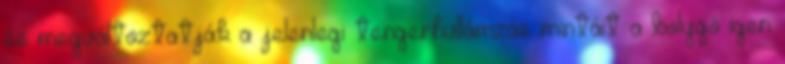
és megváltoztatják a jelenlegi tengerhullámzás mintáit a bolygó igen